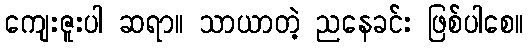
ကျေးဇူးပါ ဆရာ။ သာယာတဲ့ ညနေခင်း ဖြစ်ပါစေ။